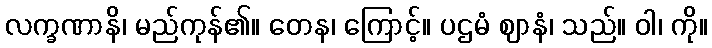
လက္ခဏာနိ၊ မည်ကုန်၏။ တေန၊ ကြောင့်။ ပဌမံ ဈာနံ၊ သည်။ ဝါ၊ ကို။